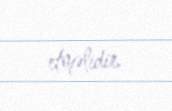
etməlidir.